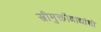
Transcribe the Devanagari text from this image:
स्त्रीमुक्तीवाद्यांशी